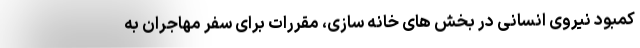
کمبود نیروی انسانی در بخش های خانه سازی، مقررات برای سفر مهاجران به